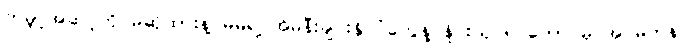
ကမ္ဘာ့အဆင့်ကို မဆိုထားနဲ့ မိမိရဲ့ အိမ်နီးချင်းနိုင်ငံတွေနဲ့ နှိုင်းယှဉ်ရင်တောင်မှ အင်မတန်